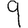
Digit: 9